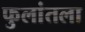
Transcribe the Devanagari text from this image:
फुलांतला